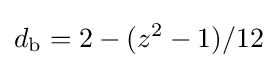
d_{\mathrm {b} }=2-(z^{2}-1)/12